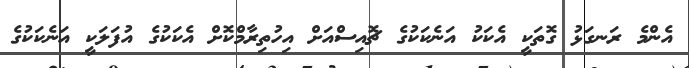
އެންމެ ރަނގަޅު ގޮތަކީ އެކަކު އަނެކަކުގެ ޗޮއިސްއަށް އިހުތިރާމްކޮށް އެކަކުގެ އުފަލަކީ އަނެކަކުގެ